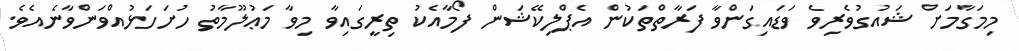
މިމަގާމަށް ޝައުގުވެރިވެ ވަޑައިގަންވާ ފަރާތްތަކުން އެޕްލިކޭޝަން ފޯމާއެކު ތިރީގައިވާ މިވާ މަޢުލޫމާތު ހުށަހަޅުއްވަންވާނެއެވެ.